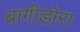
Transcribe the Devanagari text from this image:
बागीडोरा